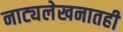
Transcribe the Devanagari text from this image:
नाट्यलेखनातही